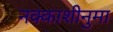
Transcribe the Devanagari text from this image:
नक्काशीनुमा